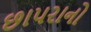
છાપરાનો